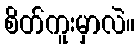
စိတ်ကူးမှာလဲ။